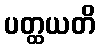
ပတ္ထယတိ